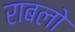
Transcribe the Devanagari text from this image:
राबलो